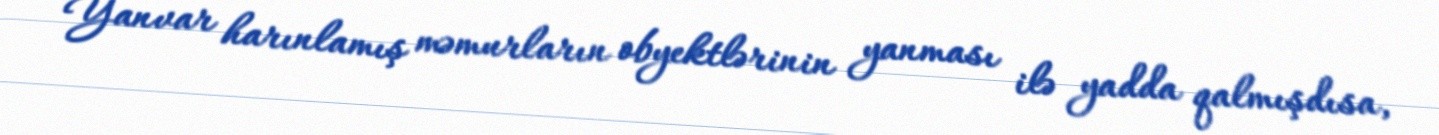
Yanvar harınlamış məmurların obyektlərinin yanması ilə yadda qalmışdısa,